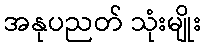
အနုပညတ် သုံးမျိုး